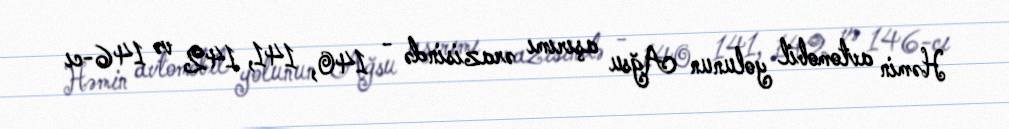
Həmin avtomobil yolunun Ağsu aşırımı ərazisində - 140, 141, 142 və 146-cı